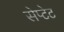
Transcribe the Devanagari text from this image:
सेप्टेट